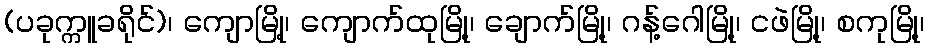
(ပခုက္ကူခရိုင်)၊ ကျောမြို့၊ ကျောက်ထုမြို့၊ ချောက်မြို့၊ ဂန့်ဂေါမြို့၊ ငဖဲမြို့၊ စကုမြို့၊